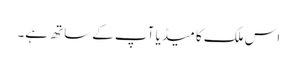
اس ملک کا میڈیا آپ کے ساتھ ہے۔